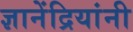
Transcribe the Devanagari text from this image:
ज्ञानेंद्रियांनी